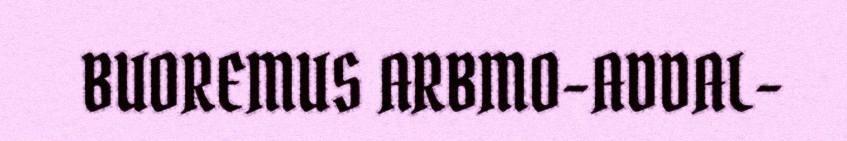
BUOREMUS ARBMO-ADDAL-